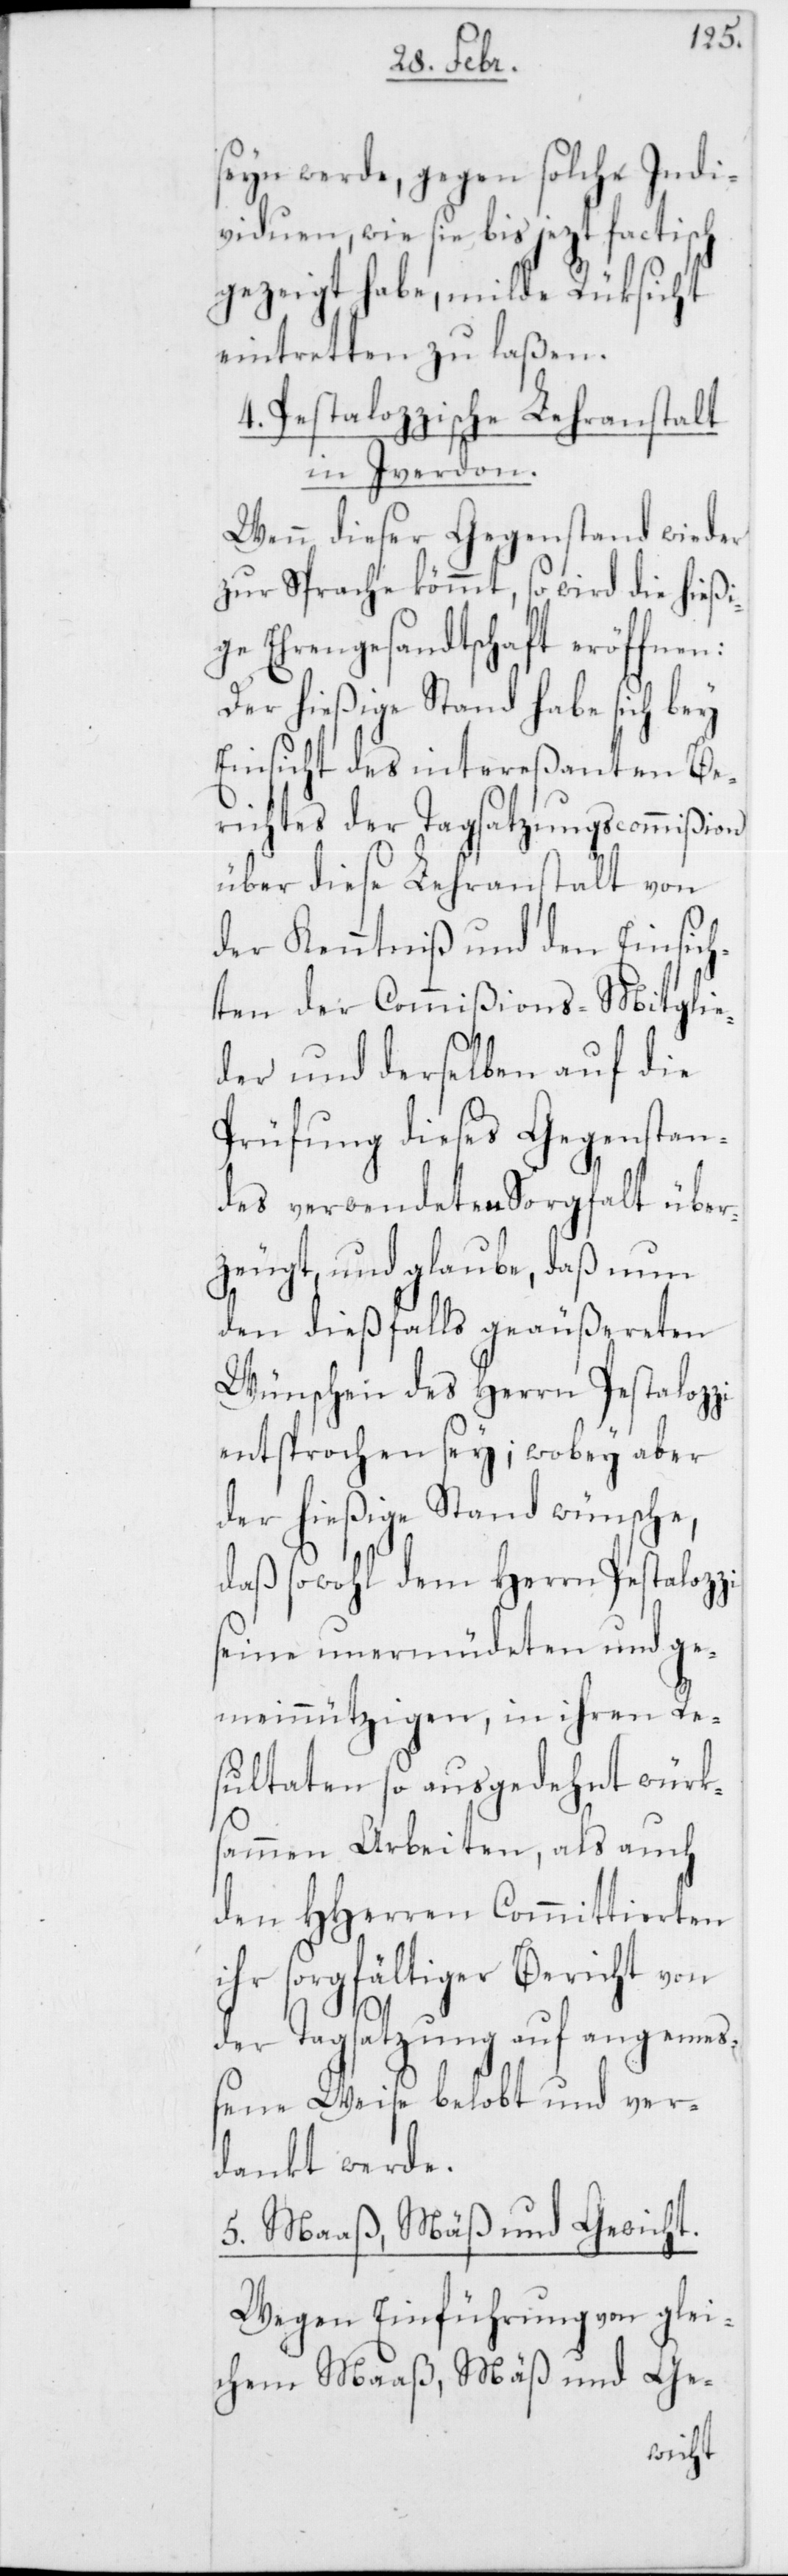
seyn werde, gegen solche Indi¬
viduen, wie sie bis jezt factisch
gezeigt habe, milde Rüksicht
eintretten zu laßen.
4. Pestalozzische Lehranstalt
in Yverdon.
Wenn dieser Gegenstand wieder
zur Sprache kömmt, so wird die hießi¬
ge Ehrengesandtschaft eröffnen:
Der hießige Stand habe sich bey
Einsicht des intereßanten Be¬
richtes der Tagsatzungscommißion
über diese Lehranstalt von
der Kenntniß und den Einsic¬
hten der Commißions-Mitglie¬
der und derselben auf die
Prüfung dieses Gegenstan¬
des verwendeten Sorgfalt über¬
zeugt und glaube, daß nun
den dießfalls geäußereten
Wünschen des Herrn Pestaloz¬
entsprochen sey; wobey aber
der hießige Stand wünsche,
daß sowohl dem Herrn Pestaloz¬
seine unermüdeten und ge¬
meinnützigen, in ihren Re¬
sultaten so ausgedehnt würk¬
sammen Arbeiten, als auch
den HHerren Committierten
ihr sorgfältiger Bericht von
der Tagsatzung auf angemeß¬
ene Weise belobt und ver¬
dankt werde.
5. Maaß, Mäß und Gewicht.
Wegen Einführung von glei¬
chem Maaß, Mäß und Ge-
zi